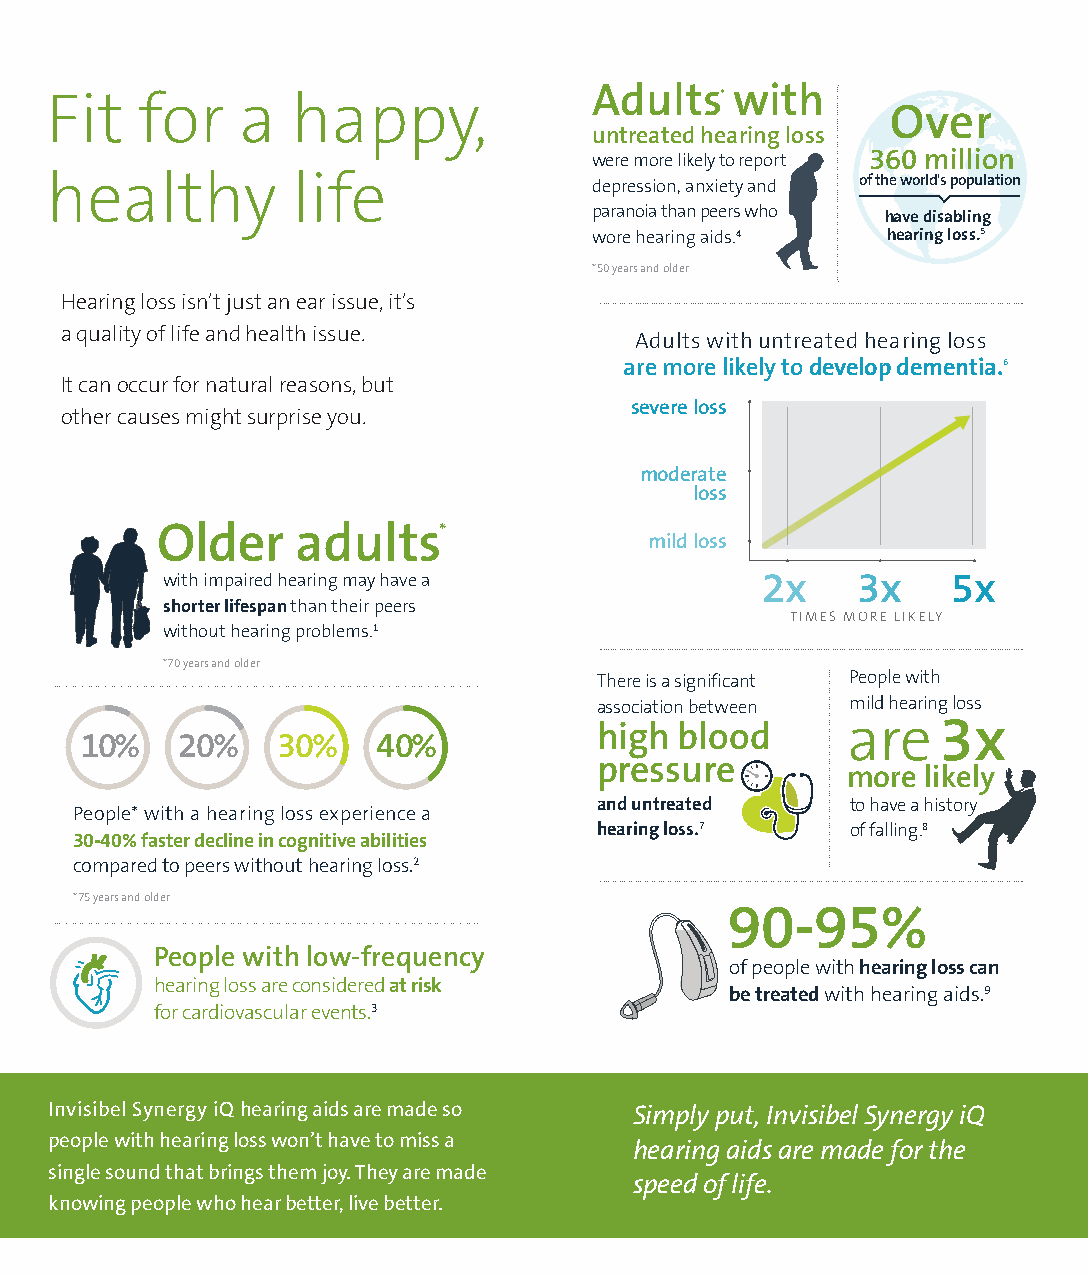
Adults    with
 Fit   for    a  happy,                       *
 Over
 untreated hearing loss
 were more likely to report 360 million
 healthy         life                depression, anxiety and of the world's population
 paranoia than peers who have disabling
 wore hearing aids.4 hearing loss.5
 *50 years and older
 Hearing loss isn’t just an ear issue, it’s
 a quality of life and health issue.   Adults with untreated hearing loss
 are more likely to develop dementia.6
 It can occur for natural reasons, but
 severe loss
 other causes might surprise you.
 moderate
 loss
 Older     adults*
 mild loss
 with impaired hearing may have a       2x     3x    5x
 shorter lifespan than their peers
 TIMES MORE LIKELY
 without hearing problems.1
 *70 years and older
 There is a significant People with
 association between mild hearing loss
 are   3x
 high blood
 10%    20%   30%    40%
 pressure
 more likely
 and untreated   to have a history
 People* with a hearing loss experience a
 hearing loss.7  of falling.8
 30-40% faster decline in cognitive abilities
 compared to peers without hearing loss.2
 *75 years and older
 90-95%
 People with low-frequency
 of people with hearing loss can
 hearing loss are considered at risk
 be treated with hearing aids.9
 for cardiovascular events.3
 Invisibel Synergy iQ hearing aids are made so Simply put, Invisibel Synergy iQ
 people with hearing loss won’t have to miss a
 hearing aids are made for the
 single sound that brings them joy. They are made
 speed of life.
 knowing people who hear better, live better.